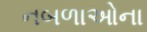
નબળાઓના